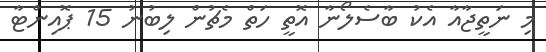
މި ނަތީޖާއާ އެކު ބާސެލޯނާ އޮތީ ހަތް މެޗުން ލިބުނު 15 ޕޮއިންޓާ